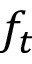
f _ { t }